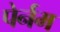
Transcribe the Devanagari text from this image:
पेर्नम